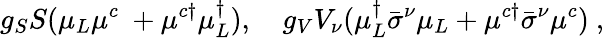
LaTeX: g_{S}S(\mu_{L}\mu^{c}~+\mu^{c\dagger}\mu_{L}^{\dagger}),~~~~g_{V}V_{\nu}(\mu_{L}^{\dagger}\bar{\sigma}^{\nu}\mu_{L}+\mu^{c\dagger}\bar{\sigma}^{\nu}\mu^{c})~,